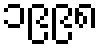
၁၉၉၈